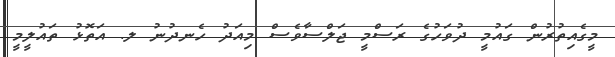
މީގެއިތުރުން ގައުމީ ދުވަހުގެ ރަސްމީ ޖަލްސާވެސް މިއަދު ހެނދުނު ލ. އަތޮޅު ތައުލީމީ